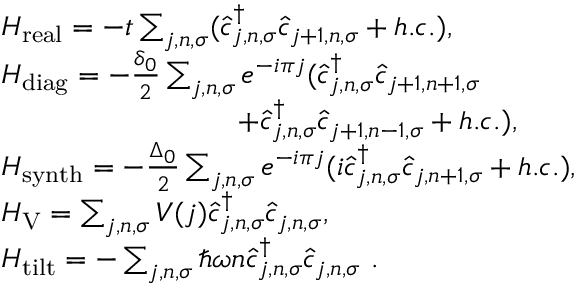
\begin{array} { r l } & { H _ { \mathrm { { r e a l } } } = - t \sum _ { j , n , \sigma } ( \hat { c } _ { j , n , \sigma } ^ { \dagger } \hat { c } _ { j + 1 , n , \sigma } + h . c . ) , } \\ & { H _ { \mathrm { d i a g } } = - \frac { \delta _ { 0 } } { 2 } \sum _ { j , n , \sigma } e ^ { - i \pi j } ( \hat { c } _ { j , n , \sigma } ^ { \dagger } \hat { c } _ { j + 1 , n + 1 , \sigma } } \\ & { ~ ~ ~ ~ ~ ~ ~ ~ ~ ~ ~ ~ ~ ~ ~ ~ ~ ~ ~ ~ ~ ~ ~ ~ + \hat { c } _ { j , n , \sigma } ^ { \dagger } \hat { c } _ { j + 1 , n - 1 , \sigma } + h . c . ) , } \\ & { H _ { \mathrm { { s y n t h } } } = - \frac { \Delta _ { 0 } } { 2 } \sum _ { j , n , \sigma } e ^ { - i \pi j } ( i \hat { c } _ { j , n , \sigma } ^ { \dagger } \hat { c } _ { j , n + 1 , \sigma } + h . c . ) , } \\ & { H _ { \mathrm { V } } = \sum _ { j , n , \sigma } V ( j ) \hat { c } _ { j , n , \sigma } ^ { \dagger } \hat { c } _ { j , n , \sigma } , } \\ & { H _ { \mathrm { { t i l t } } } = - \sum _ { j , n , \sigma } \hbar \omega n \hat { c } _ { j , n , \sigma } ^ { \dagger } \hat { c } _ { j , n , \sigma } ~ . } \end{array}